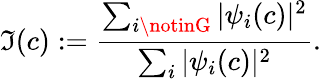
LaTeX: \mathfrak{I}(c):=\frac{{\sum_{i\notinG}|\psi_{i}(c)|^{2}}}{{\sum_{i}|\psi_{i}(c)|^{2}}}.